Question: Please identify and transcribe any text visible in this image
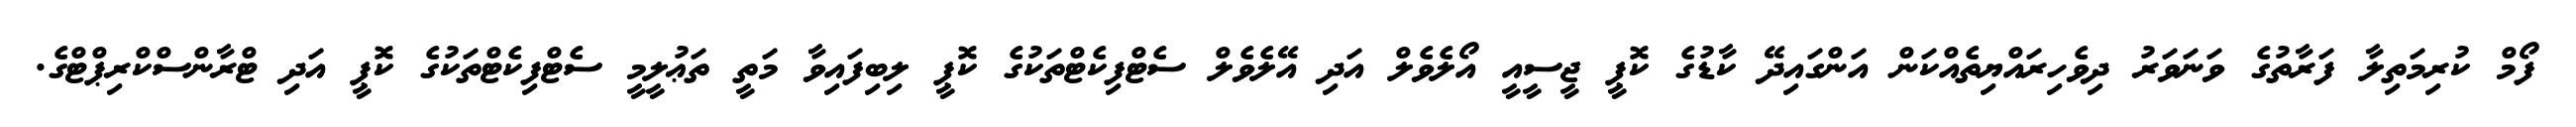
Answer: ފޯމް ކުރިމަތިލާ ފަރާތުގެ ވަނަވަރު ދިވެހިރައްޔިތެއްކަން އަންގައިދޭ ކާޑުގެ ކޮޕީ ޖީސީއީ އޯލެވެލް އަދި އޭލެވެލް ސެޓްފިކެޓްތަކުގެ ކޮޕީ ލިބިފައިވާ މަތީ ތަޢުލީމީ ސެޓްފިކެޓްތަކުގެ ކޮޕީ އަދި ޓްރާންސްކްރިޕްޓްގެ.